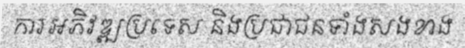
ការអភិវឌ្ឍប្រទេស និងប្រជាជនទាំងសងខាង